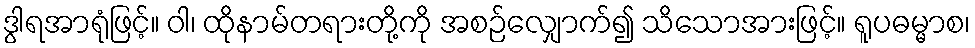
ဒွါရအာရုံဖြင့်။ ဝါ၊ ထိုနာမ်တရားတို့ကို အစဉ်လျှောက်၍ သိသောအားဖြင့်။ ရူပဓမ္မာစ၊